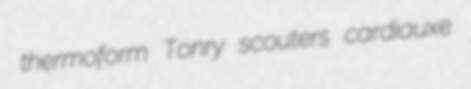
thermoform Tonry scouters cardiauxe